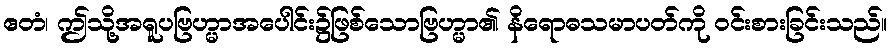
ဧတံ၊ ဤသို့အရူပဗြဟ္မာအပေါင်း၌ဖြစ်သောဗြဟ္မာ၏ နိရောဓသမာပတ်ကို ဝင်းစားခြင်းသည်။